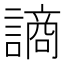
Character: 謪